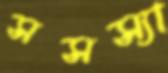
সসস্যা